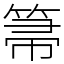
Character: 箒